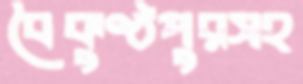
বৈকুণ্ঠপুরসহ